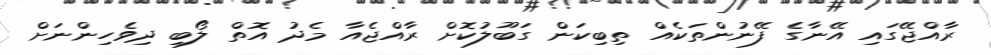
ރާއްޖޭގައި އޭނާގެ ފޭނުންތަކެއް ތިބިކަން ގަބޫލުކޮށް ރާއްޖެއާ މެދު އޮތް ލޯބި ދިވެހިންނަށް